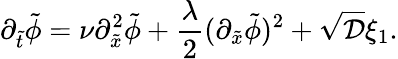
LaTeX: \partial_{\tilde{t}}\tilde{\phi}=\nu\partial_{\tilde{x}}^{2}\tilde{\phi}+\frac{\lambda}{2}(\partial_{\tilde{x}}\tilde{\phi})^{2}+\sqrt{\mathcal{D}}{\xi_{1}}.